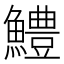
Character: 鱧